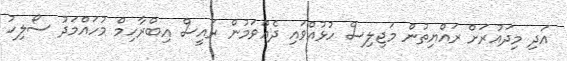
އަދި މިދައުރަށް ރައްޔިތުން މަޖިލިސް ހުޅުއްވައި ދެއްވަމުން ރައީސް އިބްރާހިމް މުހައްމަދު ސޯލިހު